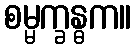
စမ္မက္ခန္ဓက။